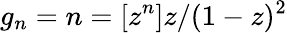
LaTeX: g_{n}=n=[z^{n}]z/(1-z)^{2}